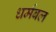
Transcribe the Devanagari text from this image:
धर्मबल